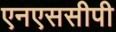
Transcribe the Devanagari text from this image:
एनएससीपी